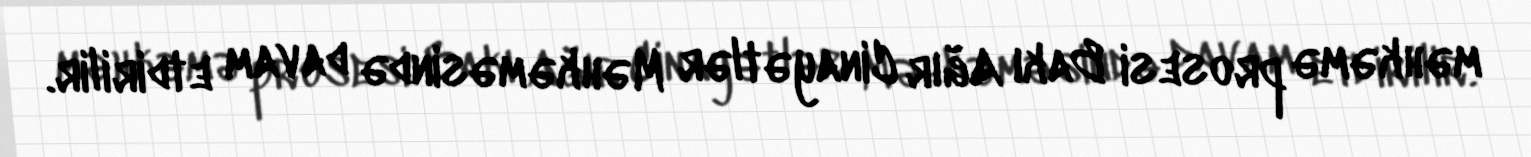
məhkəmə prosesi Bakı Ağır Cinayətlər Məhkəməsində davam etdirilir.